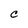
Character: C